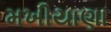
મખીયાણા